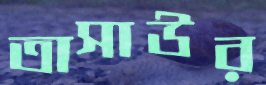
তাসাউর